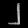
Digit: ၂